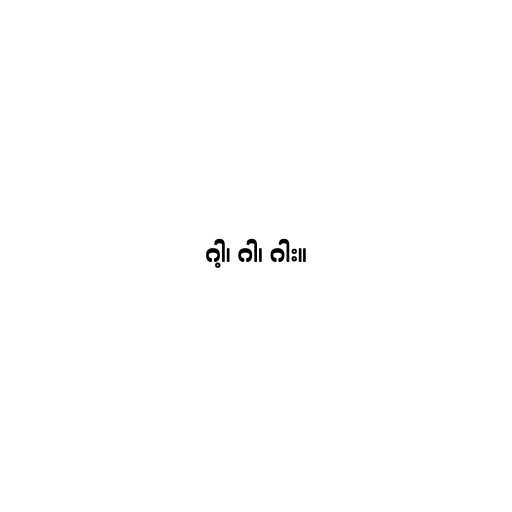
ဂါ့၊ ဂါ၊ ဂါး။